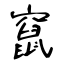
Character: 竄